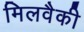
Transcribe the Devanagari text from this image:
मिलवैकी